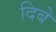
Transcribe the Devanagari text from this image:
दिबे